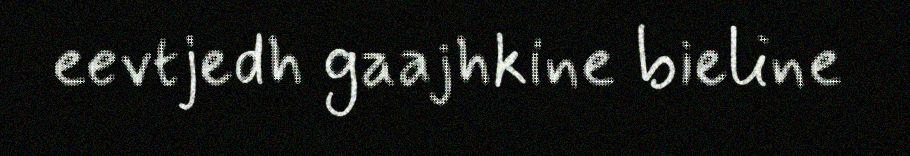
eevtjedh gaajhkine bieline